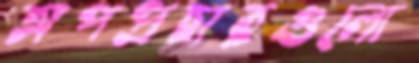
অপপ্রচারগুলো